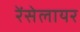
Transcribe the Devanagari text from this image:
रेंसेलायर